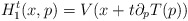
\begin{align*}H_{1}^{t}(x,p)=V(x+t\partial_{p}T(p)) \end{align*}